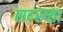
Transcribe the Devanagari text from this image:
सदस्य्ता